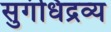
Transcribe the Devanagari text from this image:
सुगंधिद्रव्य